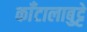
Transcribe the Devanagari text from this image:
काँटालाबुट्टे